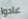
عادوا